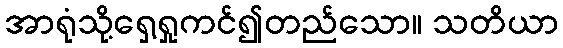
အာရုံသို့ရှေ့ရှုကင်၍တည်သော။ သတိယာ